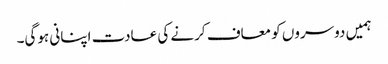
ہمیں دوسروں کو معاف کرنے کی عادت اپنانی ہوگی۔